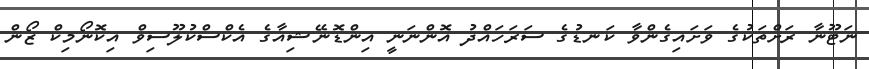
ނަޓޫނާ ރަށްތަކުގެ ވަށައިގެންވާ ކަނޑުގެ ސަރަހައްދު އޮންނަނީ އިންޑޮނޭޝިއާގެ އެކްސްކުލޫސިވް އިކޮނޯމިކް ޒޯން